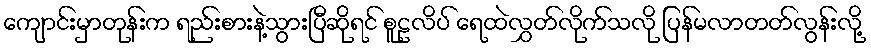
ကျောင်းမှာတုန်းက ရည်းစားနဲ့သွားပြီဆိုရင် စူဠလိပ် ရေထဲလွှတ်လိုက်သလို ပြန်မလာတတ်လွန်းလို့